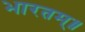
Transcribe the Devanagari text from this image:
भारतम्॥